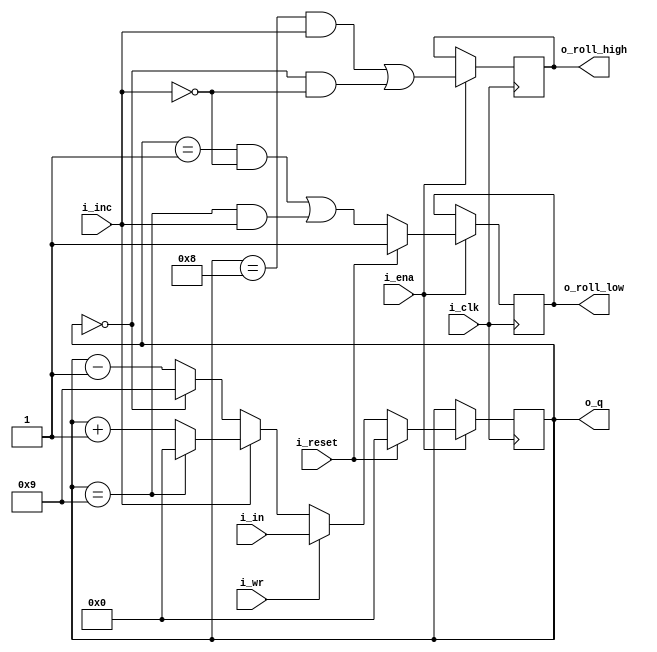
`timescale 1ns / 1ps
//////////////////////////////////////////////////////////////////////////////////
// Company: 
// Engineer: 
// 
// Design Name: 
// Module Name:    decade_counter 
// Project Name: 
// Target Devices: 
// Tool versions: 
// Description: 
//
// Dependencies: 
//
// Revision: 0.01
// Revision 0.01 - File Created & initial code
// Additional Comments: 
//
//////////////////////////////////////////////////////////////////////////////////
module decade_counter(
    input i_clk,				// (Clock == 1Hz)
    input i_reset,			// Synchronous active-high reset
	 input i_ena,
	 input i_inc,
	 input i_wr,
	 input [3:0] i_in,
	 output reg o_roll_high,		// high during rollover
	 output reg o_roll_low,
    output reg[3:0] o_q	// output
    );
	 
	 always @(posedge i_clk) begin					// Only does stuff on a positive clock edge when ena is high
		if (i_ena) begin	
			o_roll_high <= ((o_q==4'h8&i_inc)|(o_q==4'h0&~i_inc));
			o_roll_low <= ((o_q==4'h1&~i_inc)|(o_q==4'h9&i_inc));
			
			if (i_reset) begin
				o_q <= 1'h0;
				o_roll_low <= 1'b1;
			end else if (i_wr) o_q <= i_in;
			else if (i_inc) begin
				if (o_q==4'h9) o_q <= 4'h0;
				else o_q <= o_q+1'h1;
			end else begin
				if (o_q==4'h0) o_q <= 4'h9;
				else o_q <= o_q-1'h1;
			end
			
		end
	 end

endmodule